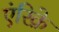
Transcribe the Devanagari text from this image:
एंरिक़े